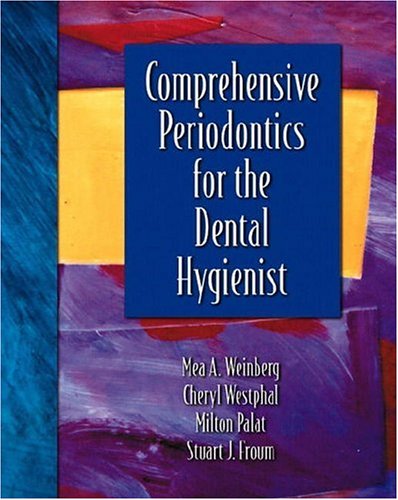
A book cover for Comprehensive Periodontics for the Dental Hygienist; Mea A. Weinberg; Medical Books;